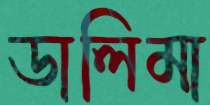
ডালিমা